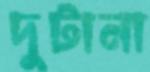
দুটানা